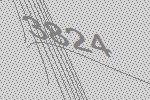
3824